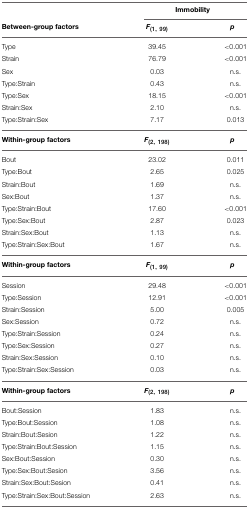
<table><thead><tr><td></td><td colspan="2"><b>Immobility</b></td></tr><tr><td><b>Between-group factors</b></td><td><b><i>F</i><sub>(1, 99)</sub></b></td><td><b><i>p</i></b></td></tr></thead><tbody><tr><td>Type</td><td>39.45</td><td>&lt;0.001</td></tr><tr><td>Strain</td><td>76.79</td><td>&lt;0.001</td></tr><tr><td>Sex</td><td>0.03</td><td>n.s.</td></tr><tr><td>Type:Strain</td><td>0.43</td><td>n.s.</td></tr><tr><td>Type:Sex</td><td>18.15</td><td>&lt;0.001</td></tr><tr><td>Strain:Sex</td><td>2.10</td><td>n.s.</td></tr><tr><td>Type:Strain:Sex</td><td>7.17</td><td>0.013</td></tr><tr><td><b>Within-group factors</b></td><td><b><i>F</i><sub>(2, 198)</sub></b></td><td><b><i>p</i></b></td></tr><tr><td>Bout</td><td>23.02</td><td>0.011</td></tr><tr><td>Type:Bout</td><td>2.65</td><td>0.025</td></tr><tr><td>Strain:Bout</td><td>1.69</td><td>n.s.</td></tr><tr><td>Sex:Bout</td><td>1.37</td><td>n.s.</td></tr><tr><td>Type:Strain:Bout</td><td>17.60</td><td>&lt;0.001</td></tr><tr><td>Type:Sex:Bout</td><td>2.87</td><td>0.023</td></tr><tr><td>Strain:Sex:Bout</td><td>1.13</td><td>n.s.</td></tr><tr><td>Type:Strain:Sex:Bout</td><td>1.67</td><td>n.s.</td></tr><tr><td><b>Within-group factors</b></td><td><b><i>F</i><sub>(1, 99)</sub></b></td><td><b><i>p</i></b></td></tr><tr><td>Session</td><td>29.48</td><td>&lt;0.001</td></tr><tr><td>Type:Session</td><td>12.91</td><td>&lt;0.001</td></tr><tr><td>Strain:Session</td><td>5.00</td><td>0.005</td></tr><tr><td>Sex:Session</td><td>0.72</td><td>n.s.</td></tr><tr><td>Type:Strain:Session</td><td>0.24</td><td>n.s.</td></tr><tr><td>Type:Sex:Session</td><td>0.27</td><td>n.s.</td></tr><tr><td>Strain:Sex:Session</td><td>0.10</td><td>n.s.</td></tr><tr><td>Type:Strain:Sex:Session</td><td>0.03</td><td>n.s.</td></tr><tr><td><b>Within-group factors</b></td><td><b><i>F</i><sub>(2, 198)</sub></b></td><td><b><i>p</i></b></td></tr><tr><td>Bout:Session</td><td>1.83</td><td>n.s.</td></tr><tr><td>Type:Bout:Session</td><td>1.08</td><td>n.s.</td></tr><tr><td>Strain:Bout:Sesion</td><td>1.22</td><td>n.s.</td></tr><tr><td>Type:Strain:Bout:Session</td><td>1.15</td><td>n.s.</td></tr><tr><td>Sex:Bout:Session</td><td>0.30</td><td>n.s.</td></tr><tr><td>Type:Sex:Bout:Sesion</td><td>3.56</td><td>n.s.</td></tr><tr><td>Strain:Sex:Bout:Sesion</td><td>0.41</td><td>n.s.</td></tr><tr><td>Type:Strain:Sex:Bout:Session</td><td>2.63</td><td>n.s.</td></tr></tbody></table>